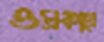
ওপ্রকারে